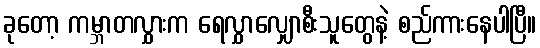
ခုတော့ ကမ္ဘာတလွှားက ရေလွှာလျှောစီးသူတွေနဲ့ စည်ကားနေပါပြီ။